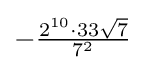
-{\tfrac {2^{10}\cdot 33{\sqrt {7}}}{7^{2}}}